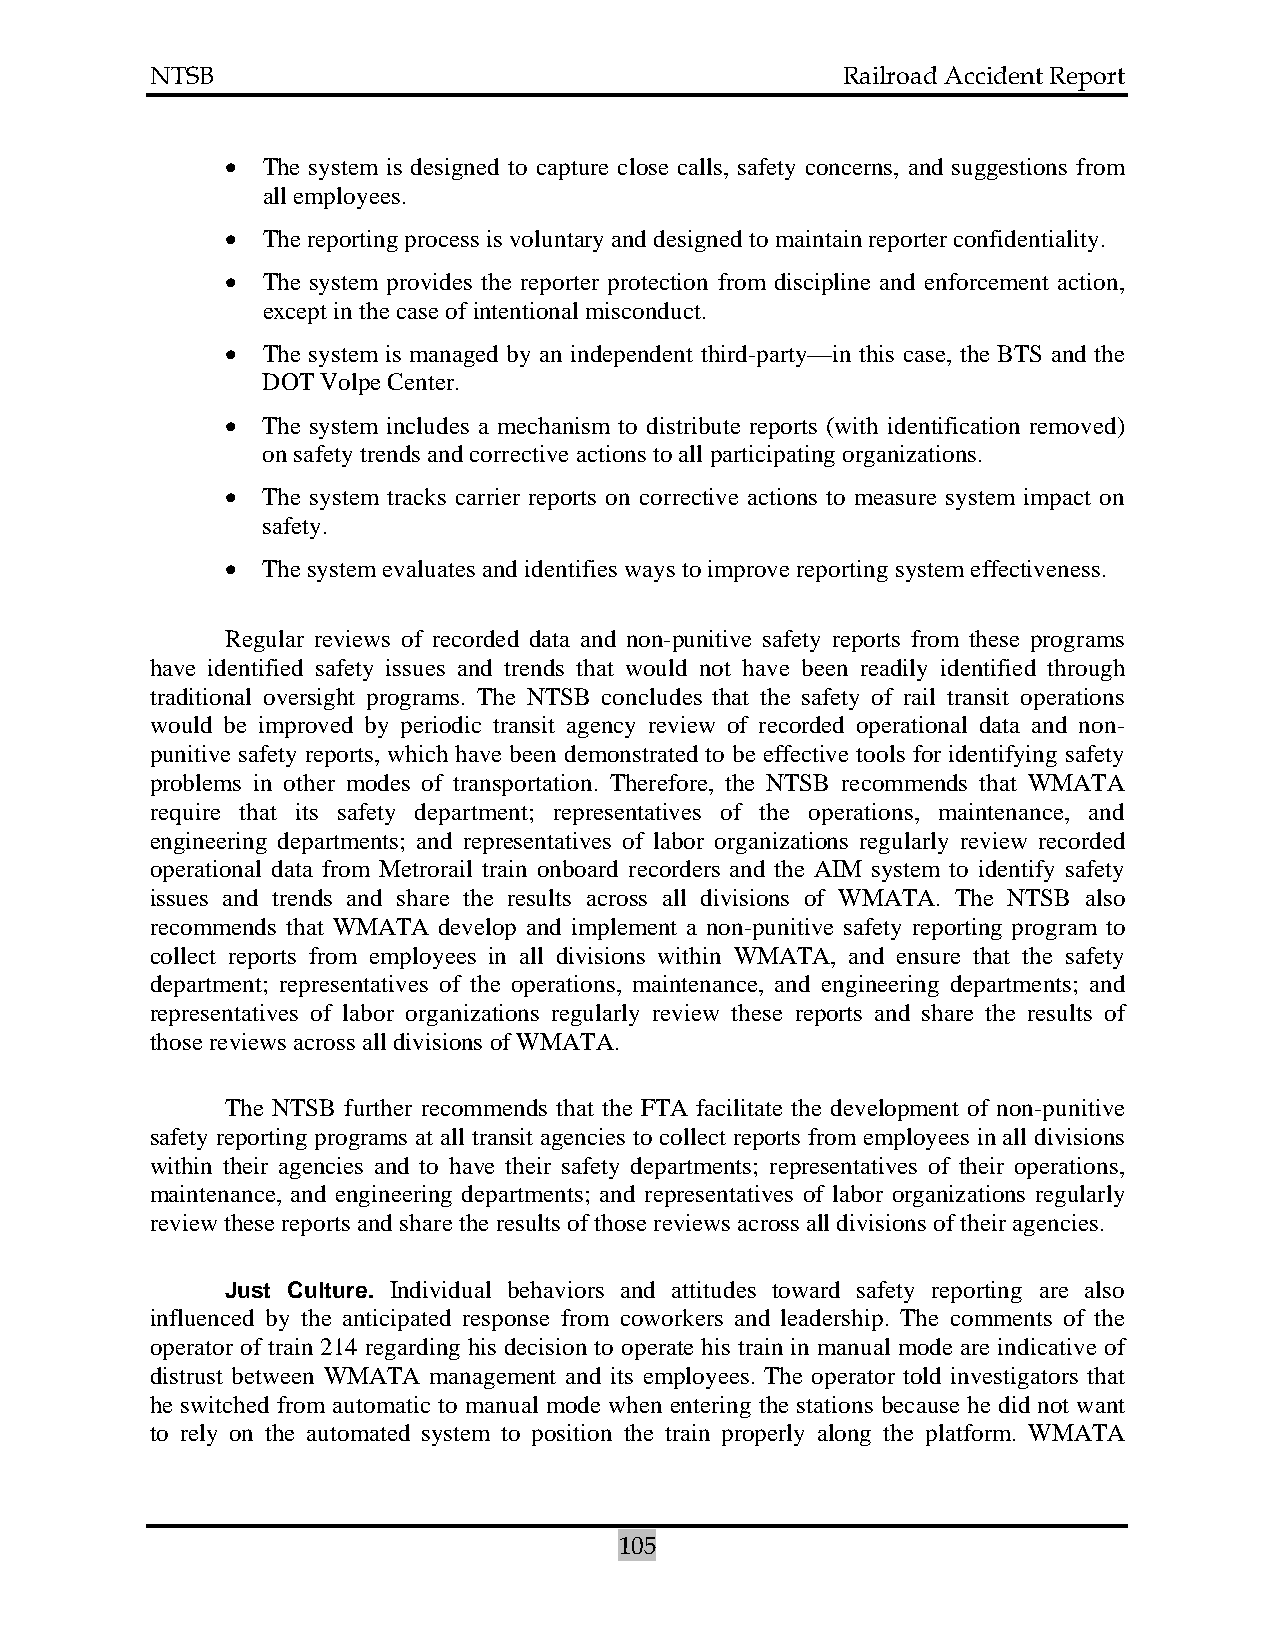
NTSB                                          Railroad Accident Report
 • The system is designed to capture close calls, safety concerns, and suggestions from
 all employees.
 • The reporting process is voluntary and designed to maintain reporter confidentiality.
 • The system provides the reporter protection from discipline and enforcement action,
 except in the case of intentional misconduct.
 • The system is managed by an independent third-party—in this case, the BTS and the
 DOT Volpe Center.
 • The system includes a mechanism to distribute reports (with identification removed)
 on safety trends and corrective actions to all participating organizations.
 • The system tracks carrier reports on corrective actions to measure system impact on
 safety.
 • The system evaluates and identifies ways to improve reporting system effectiveness.
 Regular reviews of recorded data and non-punitive safety reports from these programs
 have identified safety issues and trends that would not have been readily identified through
 traditional oversight programs. The NTSB concludes that the safety of rail transit operations
 would be improved by periodic transit agency review of recorded operational data and non-
 punitive safety reports, which have been demonstrated to be effective tools for identifying safety
 problems in other modes of transportation. Therefore, the NTSB recommends that WMATA
 require that its safety department; representatives of the operations, maintenance, and
 engineering departments; and representatives of labor organizations regularly review recorded
 operational data from Metrorail train onboard recorders and the AIM system to identify safety
 issues and trends and share the results across all divisions of WMATA. The NTSB also
 recommends that WMATA develop and implement a non-punitive safety reporting program to
 collect reports from employees in all divisions within WMATA, and ensure that the safety
 department; representatives of the operations, maintenance, and engineering departments; and
 representatives of labor organizations regularly review these reports and share the results of
 those reviews across all divisions of WMATA.
 The NTSB further recommends that the FTA facilitate the development of non-punitive
 safety reporting programs at all transit agencies to collect reports from employees in all divisions
 within their agencies and to have their safety departments; representatives of their operations,
 maintenance, and engineering departments; and representatives of labor organizations regularly
 review these reports and share the results of those reviews across all divisions of their agencies.
 Just Culture. Individual behaviors and attitudes toward safety reporting are also
 influenced by the anticipated response from coworkers and leadership. The comments of the
 operator of train 214 regarding his decision to operate his train in manual mode are indicative of
 distrust between WMATA management and its employees. The operator told investigators that
 he switched from automatic to manual mode when entering the stations because he did not want
 to rely on the automated system to position the train properly along the platform. WMATA
 105